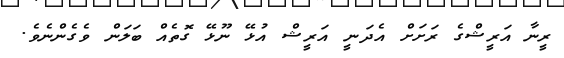
ރީނާ އަރީޝްގެ ރަށަށް އެދަނީ އަރީޝް އުޅޭ ނޫޅޭ ގޮތެއް ބަލަން ވެގެންނެވެ.